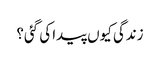
زندگی کیوں پیدا کی گئی؟